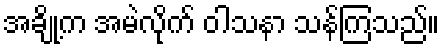
အချို့က အမဲလိုက် ဝါသနာ သန်ကြသည်။